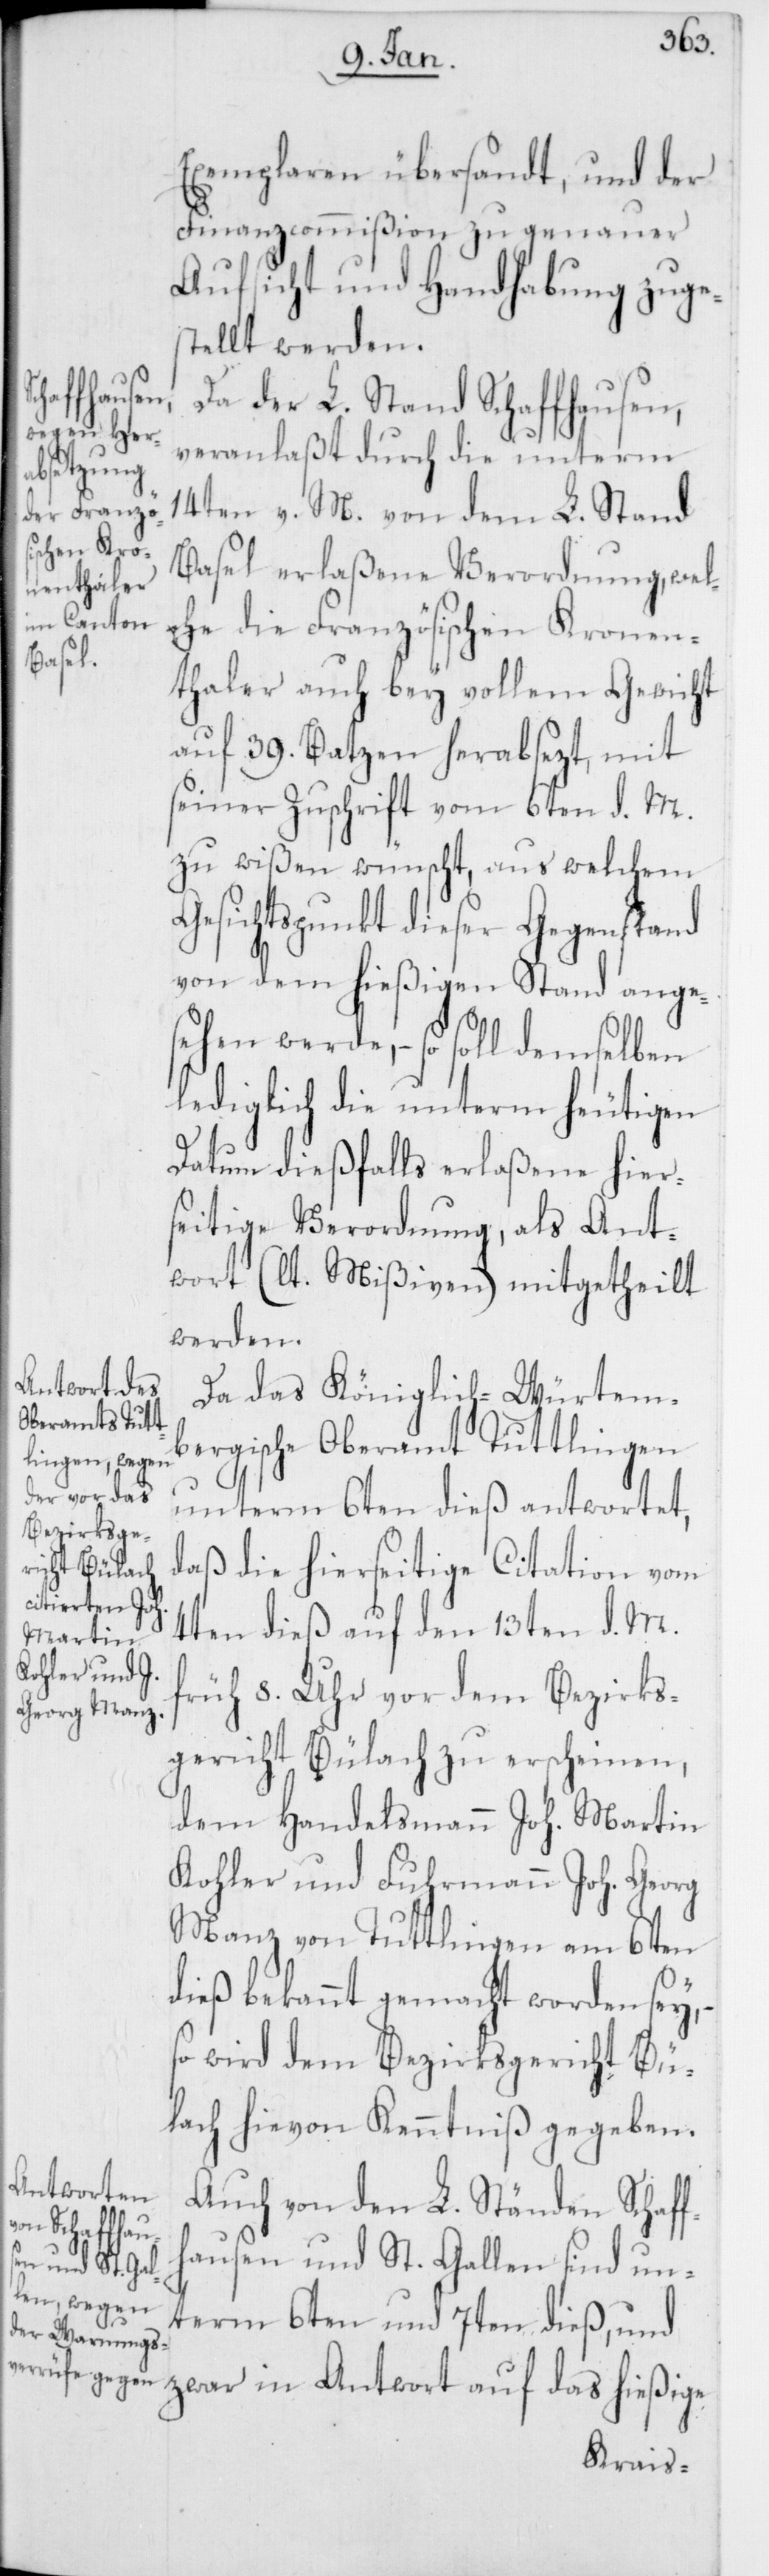
Exemplaren übersandt, und der
Finanzcommißion zu genauer
Aufsicht und Handhabung zuges¬
tellt werden.
Da der L. Stand Schaffhausen,
veranlaßt durch die unterm
14ten v. M. von dem L. Stand
Basel erlaßene Verordnung, wel¬
che die Französischen Kronen¬
thaler auch bey vollem Gewicht
auf 39. Batzen herabsezt, mit
seiner Zuschrift vom 6ten d. M.
zu wißen wünscht, aus welchem
Gesichtspunkt dieser Gegenstand
von dem hießigen Stand ange¬
sehen werde, – so soll demselben
lediglich die unterm heutigen
Datum dießfalls erlaßene hier¬
seitige Verordnung, als Ant¬
wort (lt. Mißiven) mitgetheilt
werden.
Da das Königlich-Würtem¬
bergische Oberamt Tuttlingen
unterm 6ten dieß antwortet,
daß die hierseitige Citation vom
4ten dieß auf den 13ten d. M.
früh 8. Uhr vor dem Bezirks¬
gericht Bülach zu erscheinen,
dem Handelsmann Joh. Martin
Kohler und Fuhrmann Joh. Georg
Manz von Tuttlingen am 6ten
dieß bekannt gemacht worden sey, –
so wird dem Bezirksgericht Bü¬
lach hievon Kenntniß gegeben.
Auch von den L. Ständen Schaff¬
hausen und St. Gallen sind un¬
term 6ten und 7ten dieß, und
zwar in Antwort auf das hießige